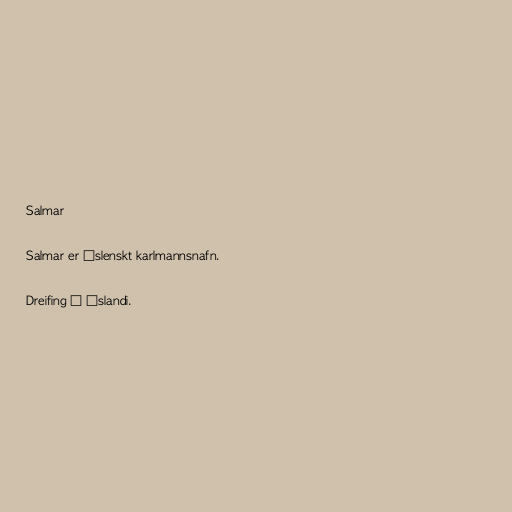
Salmar

Salmar er íslenskt karlmannsnafn.

Dreifing á Íslandi.